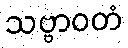
သဗ္ဗာဝတံ